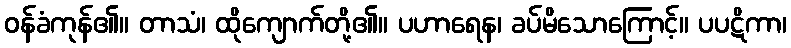
ဝန်ခံကုန်၏။ တာသံ၊ ထိုကျောက်တို့၏။ ပဟာရေန၊ ခပ်မိသောကြောင့်။ ပပဋိကာ၊